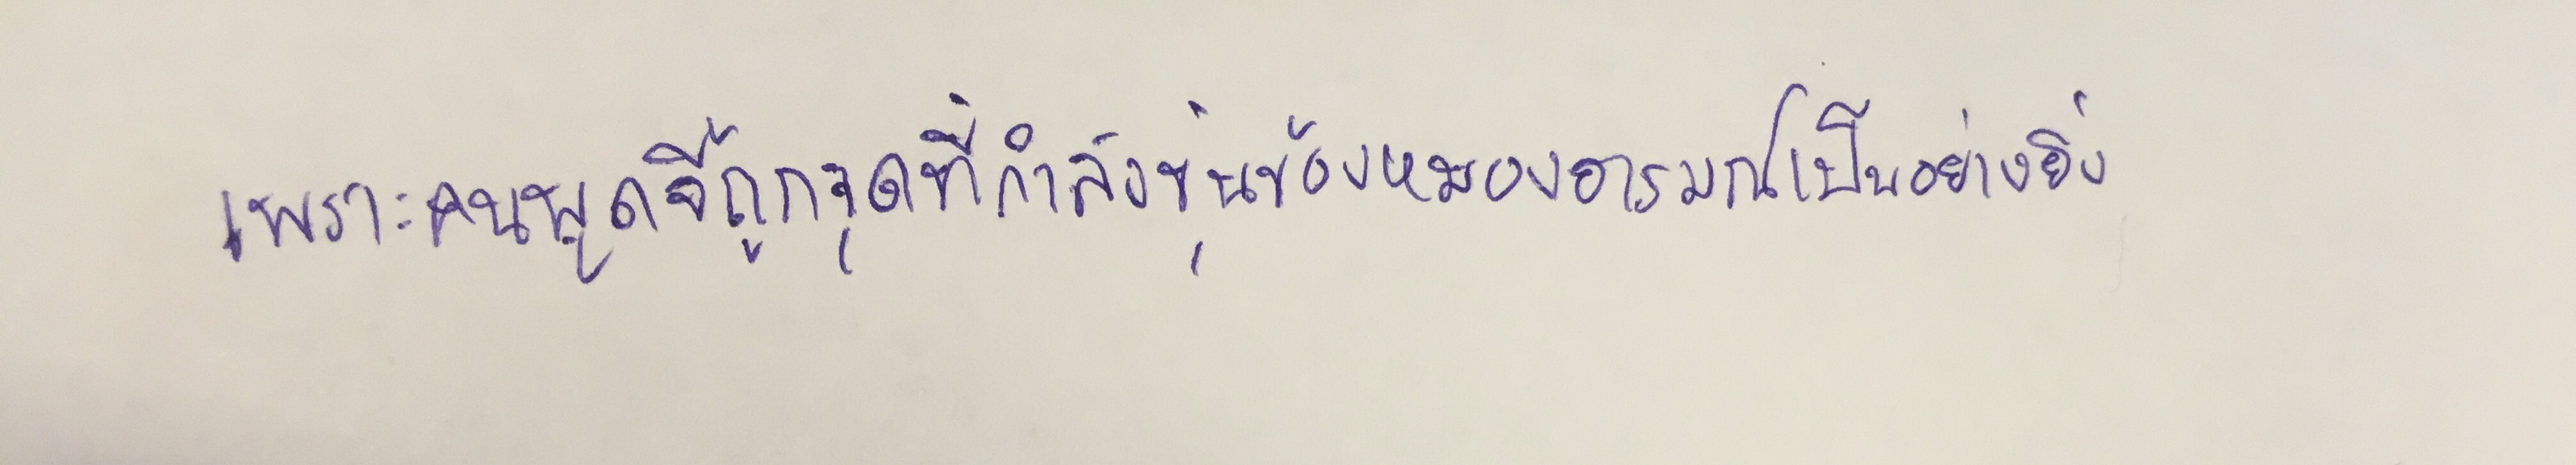
เพราะคนพูดจี้ถูกจุดที่กำลังขุ่นข้องหมองอารมณ์เป็นอย่างยิ่ง